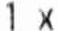
1 X